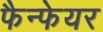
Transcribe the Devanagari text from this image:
फैन्फेयर